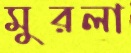
মুরলা